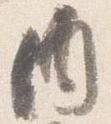
内